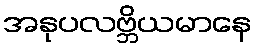
အနုပလဗ္ဘိယမာနေ